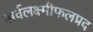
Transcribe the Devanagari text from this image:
सर्वलक्ष्मीफलप्रद